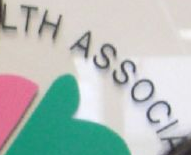
LTH ASSOCIA